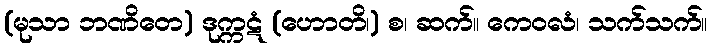
(မုသာ ဘဏိတေ) ဒုက္ကဋံ (ဟောတိ၊) စ၊ ဆက်။ ကေဝလံ၊ သက်သက်။